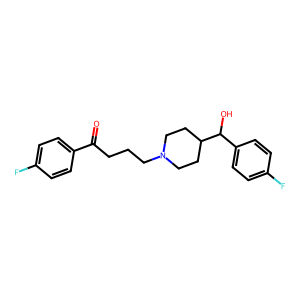
SMILES: O=C(CCCN1CCC(C(O)c2ccc(F)cc2)CC1)c1ccc(F)cc1
Inhibits HIV replication: No